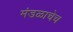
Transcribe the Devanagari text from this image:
मंडळाचेच